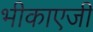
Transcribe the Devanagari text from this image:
भीकाएजी